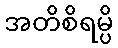
အတိစိရမ္ပိ